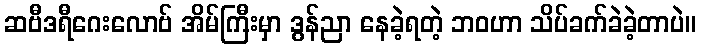
ဆဗီဒရီဂေးလောဗ် အိမ်ကြီးမှာ ဒွန်ညာ နေခဲ့ရတဲ့ ဘဝဟာ သိပ်ခက်ခဲခဲ့တာပဲ။